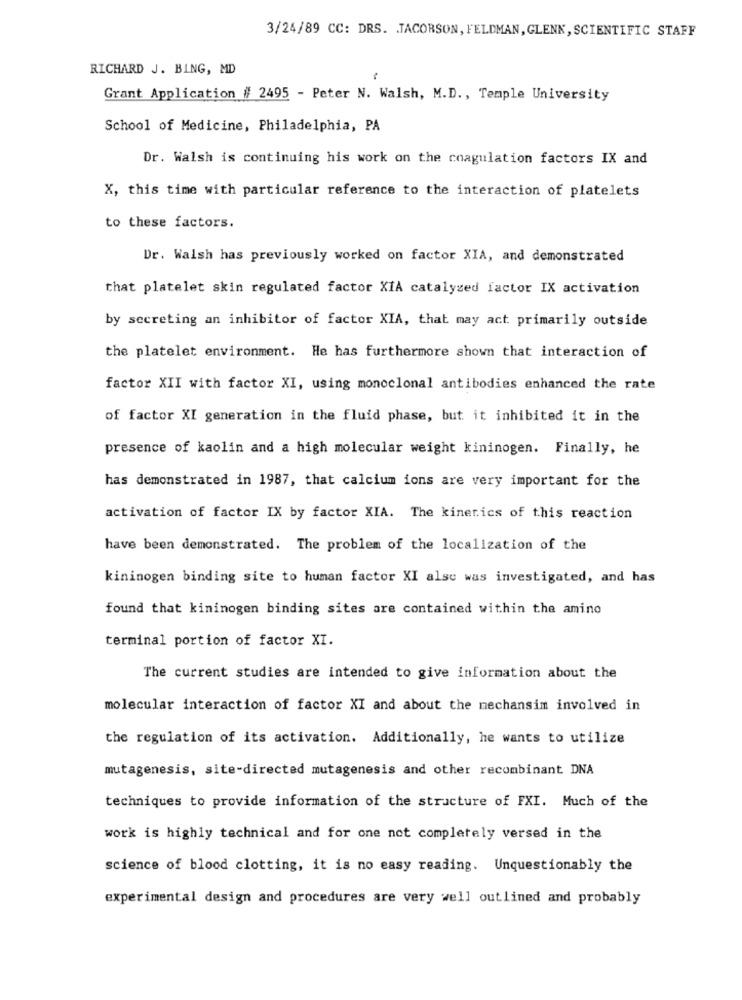
3/24/89 CC: DRS. TACORSON, FELDMAN, GLENK, SCIENTIFIC STAFF
RICHARD J. BING, MD
Grant Application # 2495 - Peter N. Walsh, M.D ., Temple University
School of Medicine, Philadelphia, PA
Dr. Walsh is continuing his work on the coagulation factors IX and
X, this time with particular reference to the interaction of platelets
to these factors.
Dr. Walsh has previously worked on factor XIA, and demonstrated
that platelet skin regulated factor XIA catalyzed factor IX activation
by secreting an inhibitor of factor XIA, that may act primarily outside
the platelet environment. He has furthermore shown that interaction of
factor XII with factor XI, using monoclonal antibodies enhanced the rate
of factor XI generation in the fluid phase, but it inhibited it in the
presence of kaolin and a high molecular weight kininogen. Finally, he
has demonstrated in 1987, that calcium ions are very important for the
activation of factor IX by factor XIA. The kinerics of this reaction
have been demonstrated. The problem of the localization of the
kininogen binding site to human factor XI also was investigated, and has
found that kininogen binding sites are contained within the amino
terminal portion of factor XI.
The current studies are intended to give information about the
molecular interaction of factor XI and about the mechansim involved in
the regulation of its activation. Additionally, he wants to utilize
mutagenesis, site-directed mutagenesis and other recombinant DNA
techniques to provide information of the structure of FXI. Much of the
work is highly technical and for one not completely versed in the
science of blood clotting, it is no easy reading. Unquestionably the
experimental design and procedures are very well outlined and probably